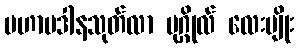
မဟာပဒါနသုတ်လာ ပုဂ္ဂိုလ် လေးမျိုး